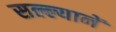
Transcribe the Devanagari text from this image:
सल्ल्यानें